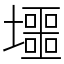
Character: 𡓐